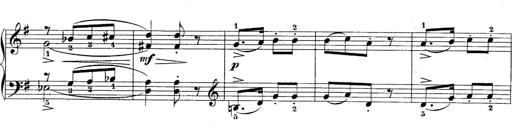
Title: 10 Sonatines progressives
Composer: Anton Schmoll